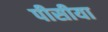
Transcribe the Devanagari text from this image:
पीसीया